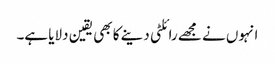
انہوں نے مجھے رائلٹی دینے کا بھی یقین دلایا ہے۔